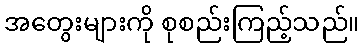
အတွေးများကို စုစည်းကြည့်သည်။